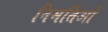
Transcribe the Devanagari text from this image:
निमर्तिओं